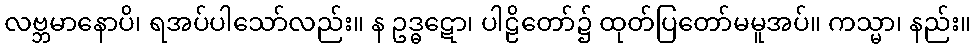
လဗ္ဘမာနောပိ၊ ရအပ်ပါသော်လည်း။ န ဥဒ္ဓဋော၊ ပါဠိတော်၌ ထုတ်ပြတော်မမူအပ်။ ကသ္မာ၊ နည်း။